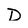
Character: D